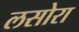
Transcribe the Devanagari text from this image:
लसोरा